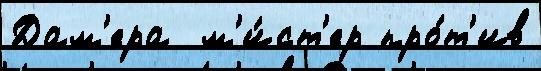
Дам'ера  м'и́ст'ер про́т'ив